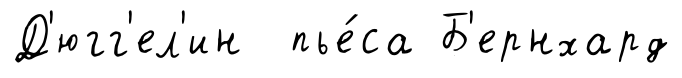
Д'югг'ел'ин пье́са Б'ернхард